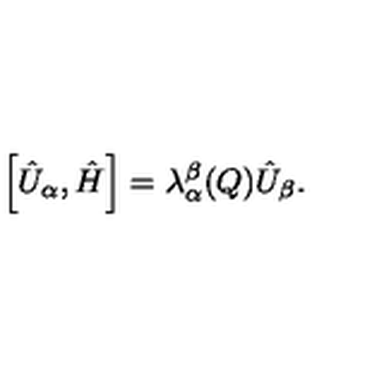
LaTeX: \left[ \hat { U } _ { \alpha } , \hat { H } \right] = \lambda _ { \alpha } ^ { \beta } ( Q ) \hat { U } _ { \beta } .